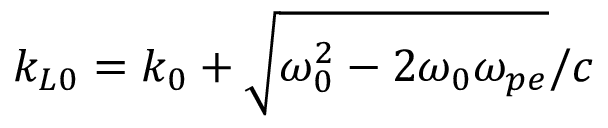
k _ { L 0 } = k _ { 0 } + \sqrt { \omega _ { 0 } ^ { 2 } - 2 \omega _ { 0 } \omega _ { p e } } / c